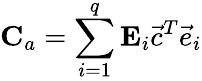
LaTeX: \mathbf{C}_{a}=\sum_{i=1}^{q}\mathbf{E}_{i}\vec{c}^{T}\vec{e}_{i}